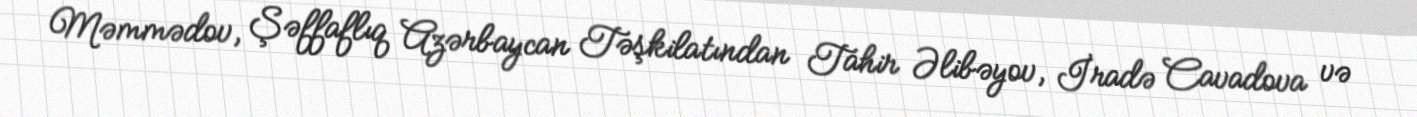
Məmmədov, Şəffaflıq Azərbaycan Təşkilatından Tahir Əlibəyov, İradə Cavadova və